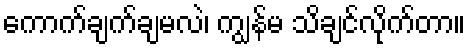
ကောက်ချက်ချမလဲ၊ ကျွန်မ သိချင်လိုက်တာ။